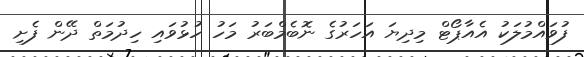
ފުވައްމުލަކު އެއާޕޯޓް މިދިޔަ އަހަރުގެ ނޮބެމްބަރު މަހު ހުޅުވައި ހިދުމަތް ދޭން ފެށި